King Institute of Preventive Medicine Micro-Biological Section reports 1912-19
Year: 1912
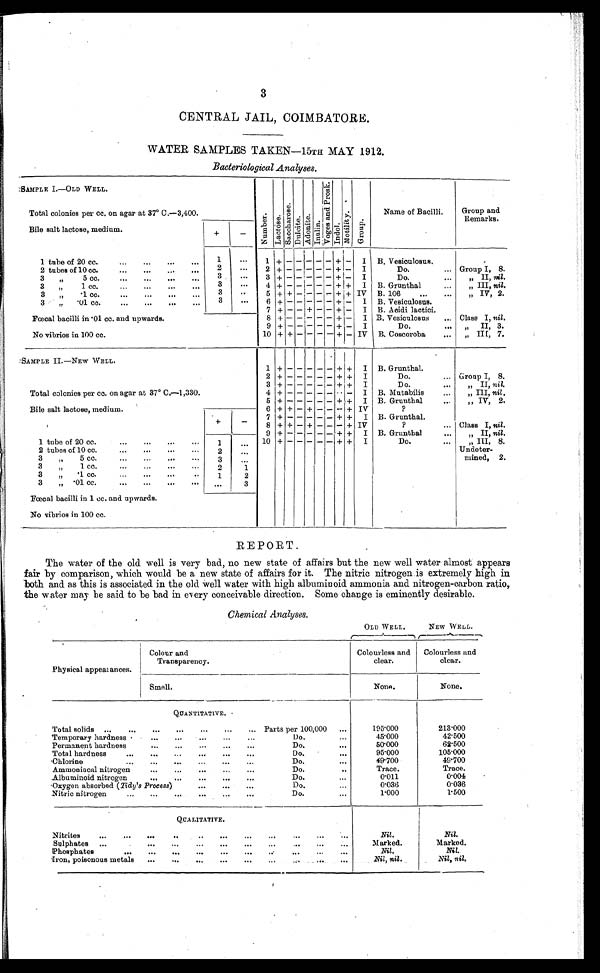
3
CENTRAL JAIL, COIMBATORE.
WATER SAMPLES TAKEN-15TH MAY 1912.
Bacteriological Analyses.
SAMPLE I.—OLD WELL.
Number.
Lact ose.
Saccharose.
Dul ci t e.
Adonite.
I n u l i n .
V o g e s a n d P r o s k . Indol.
Mot i l i t y.
Group.
Name of Bacilli.
Group and
Remarks.
Total colonies per cc, on agar at 37° C.-3,400
Bile salt lactose, medium
+
—
1 tube of 20 cc. . . .
1
. . .
1
+ -
- -
- - + -
I B. Vesiculosus.
2 tubes of 10 cc. . . .
2 . . .
2
+ -
- -
- - + -
I
Do. . . . Group I, 8.
3 " 5 cc. . . .
3
. . . 3
+ -
- -
- - + +
I
Do. . . .
" II, , nil.
3 " 1
cc. . . .
3
. . .
4 + -
- -
- - + +
I B. Grunthal
" III, nil...
3 "1 cc. . . .
3
. . . 5 + + - -
- - + + IV B. 106 . . .
„
" I V , 2 .
3."01 cc. . . .
3
. . .
6 + +
- -
- - + +
I B. Vesiculosus.
7 + - - + - - + -
I B. Acidi lactici.
Fœcal bacilli in 01 cc. and upwards.
8 +
- -
- - + -
I B. Vesiculosus . . . Class I, nil.
9 + -
- -
- - + -
I
Do. . . . "II,
3.
No vibrios in 100 cc.
10 + + - - - - + - IV B.C o s c o r o b a . . . " III, 7.
SAMPLE II.—NEW WELL.
1
+ -
- -
- - + +
I B. Grunthal.
2
+ -
- -
- - + +
I
Do. . . . Group I, 8.
3 + -
- -
- - + +
I
Do. . . .
" I I ,
n i l
.
Total colonies per cc. on agar at 37° C.—1,330.
4 + -
- -
- - - -
I B. Mutabilis . . .
„ III, nil .
5 + -
- -
- - + +
I B. Grunthal . . .
" I V , 2 .
Bile salt lactose, medium.
6 + + - + - - - + IV
?
+
- 7 + -
- -
- - + +
I B. Grunthal.
8 + + - + - - - +
I V
? . . . Class I, nil.
9 + — — — — — + + I B. Grunthal
...
„ II, nil.
1 tube of 20 cc. . . .
1
. . . 10 +- - - - - + + +
I
Do. . . .
„ III, 8.
2 tubes of 10 cc. . . .
2
. . .
Undeter -
mined, 2.
3 " 5 cc. . . .
3
. . .
3 " 1 cc. . . .
2
1
3 " .1 cc. . . .
1
2
3 " .
01 cc. . . .
...
3
Fœcal bacilli in 1 cc. and upwards.
No vibrios in 100 cc.
REPORT.
The water of the old well is very bad, no new state of affairs but the new well water almost appears
fair by comparison, which would be a new state of affairs for it. The nitric nitrogen is extremely high in
both and as this is associated in the old well water with high albuminoid ammonia and nitrogen-carbon ratio,
the water may be said to be bad in every conceivable direction. Some change is eminently desirable.
Chemical Analyses.
OLD WELL.
NEW WELL.
Physical appearances.
Colour and
Transparency.
Colourless and
clear.
Colourless and
clear.
Smel l .
N o n e .
None.
QUANTITATIVE.
Total solids
. . . Parts per 100,000 . . .
195.000
213.000
Temporary hardness . . .
Do. . . .
45.000
42.500
Permanent hardness . . .
Do. . . .
50.000
62.500
Total hardness . . .
Do. . . .
95.000
105.000
Chlorine . . .
Do. . . .
49.700
49.700
Ammoniacal nitrogen . . .
Do. . . .
Trace.
Trace.
Albuminoid nitrogen . . .
Do. . . .
0.011
0.004
Oxygen absorbed ( Tidy's Process) . . .
Do. . . .
0.036
0.036
• N i t r i c n i t r o g e n . . .
Do. . . .
1.000
1.500
QUALITATIVE.
Nitrites . . .
Nil.
Nil.
Sulphates . . .
Marked.
Marked.
Phosphates . . .
Nil.
Nil.
Iron, poisonous metals . . .
Nil, nil. Nil, nil.